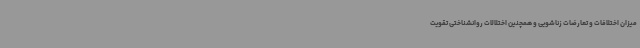
میزان اختلافات و تعارضات زناشویی و همچنین اختلالات روانشناختی تقویت